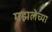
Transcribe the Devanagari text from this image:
गझलेच्या